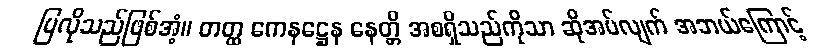
ပြလိုသည်ဖြစ်အံ့။ တတ္ထ ကေနဋ္ဌေန နေတ္တိ အစရှိသည်ကိုသာ ဆိုအပ်လျက် အဘယ်ကြောင့်